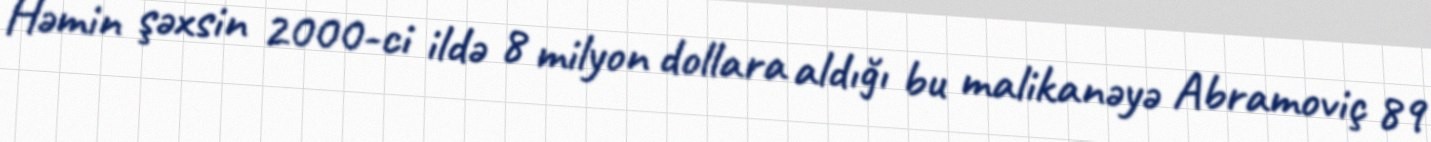
Həmin şəxsin 2000-ci ildə 8 milyon dollara aldığı bu malikanəyə Abramoviç 89